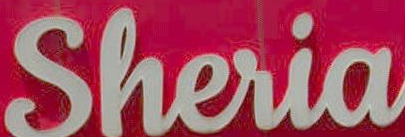
Sheria